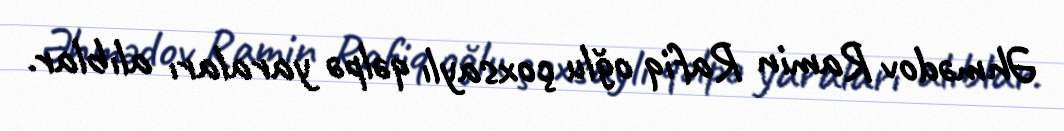
Əhmədov Ramin Rafiq oğlu çoxsaylı qəlpə yaraları alıblar.